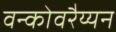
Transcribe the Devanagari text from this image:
वन्कोवरैय्यन